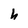
Character: h